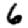
Digit: 6